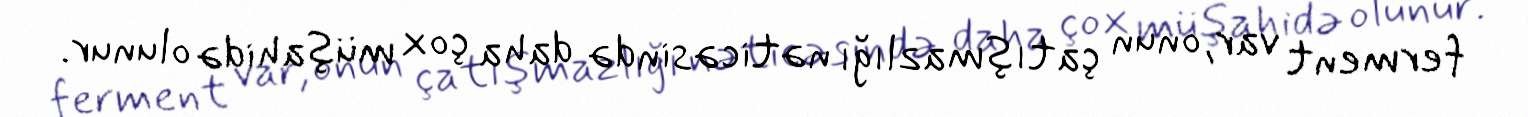
ferment var, onun çatışmazlığı nəticəsində daha çox müşahidə olunur.